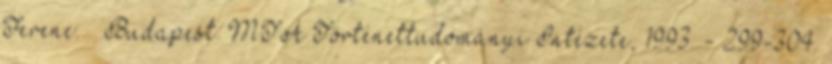
Ferenc. – Budapest: MTA Történettudományi Intézete, 1993. - 299-304.